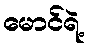
မောင်ရဲ့